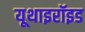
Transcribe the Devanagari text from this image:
यूथाइरॉइड